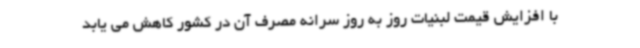
با افزایش قیمت لبنیات روز به روز سرانه مصرف آن در کشور کاهش می یابد